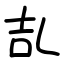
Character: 㐖